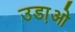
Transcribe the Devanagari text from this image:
उडा़ओ